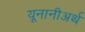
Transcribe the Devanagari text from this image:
यूनानीअर्थ